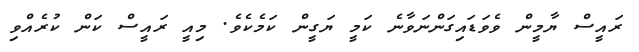
ރައީސް ޔާމީން ވެވަޑައިގަންނަވާނެ ކަމީ ޔަގީން ކަމެކެވެ. މިއީ ރައީސް ކަން ކުރެއްވި